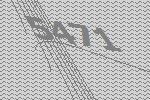
5471